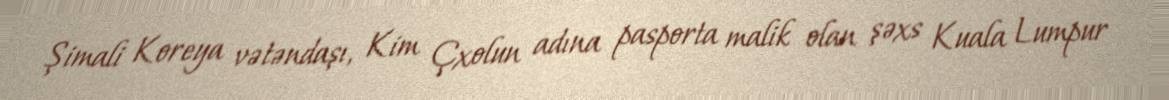
Şimali Koreya vətəndaşı, Kim Çxolun adına pasporta malik olan şəxs Kuala Lumpur